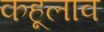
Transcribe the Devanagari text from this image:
कहूलाव